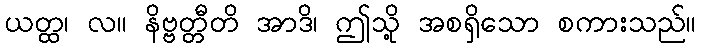
ယတ္ထ၊ လ။ နိဗ္ဗတ္တီတိ အာဒိ၊ ဤသို့ အစရှိသော စကားသည်။